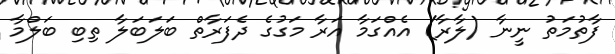
ފާތުމަތު ނީނާ (ލާރާ) އެއްގަމާ އަރާ މަގުގެ ދެފަރާތް ބަލަބަލާ ތިބި ބަލްމާ